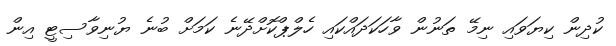
ކުދިން ކިޔަވައި ނިމޭ ތަނުން ވާހަކަދައްކައި ހެލްޕްކޮށްދޭނެ ކަމަށް ބުނެ ޔުނިވާސިޓީ އިން